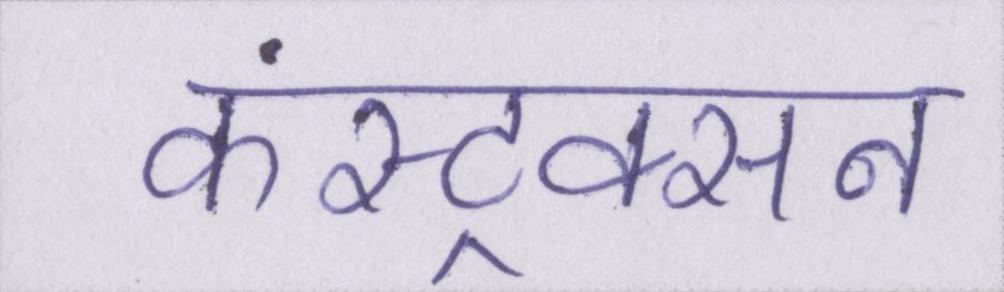
कंस्ट्रक्सन